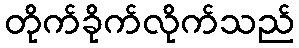
တိုက်ခိုက်လိုက်သည်